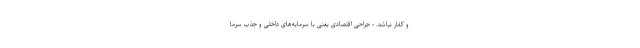
و کفار نباشد. - جراحی اقتصادی یعنی با سرمایه‌های داخلی و جذب سرما